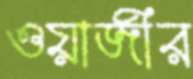
ওয়াজীর